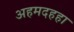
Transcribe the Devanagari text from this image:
अहमदहहा